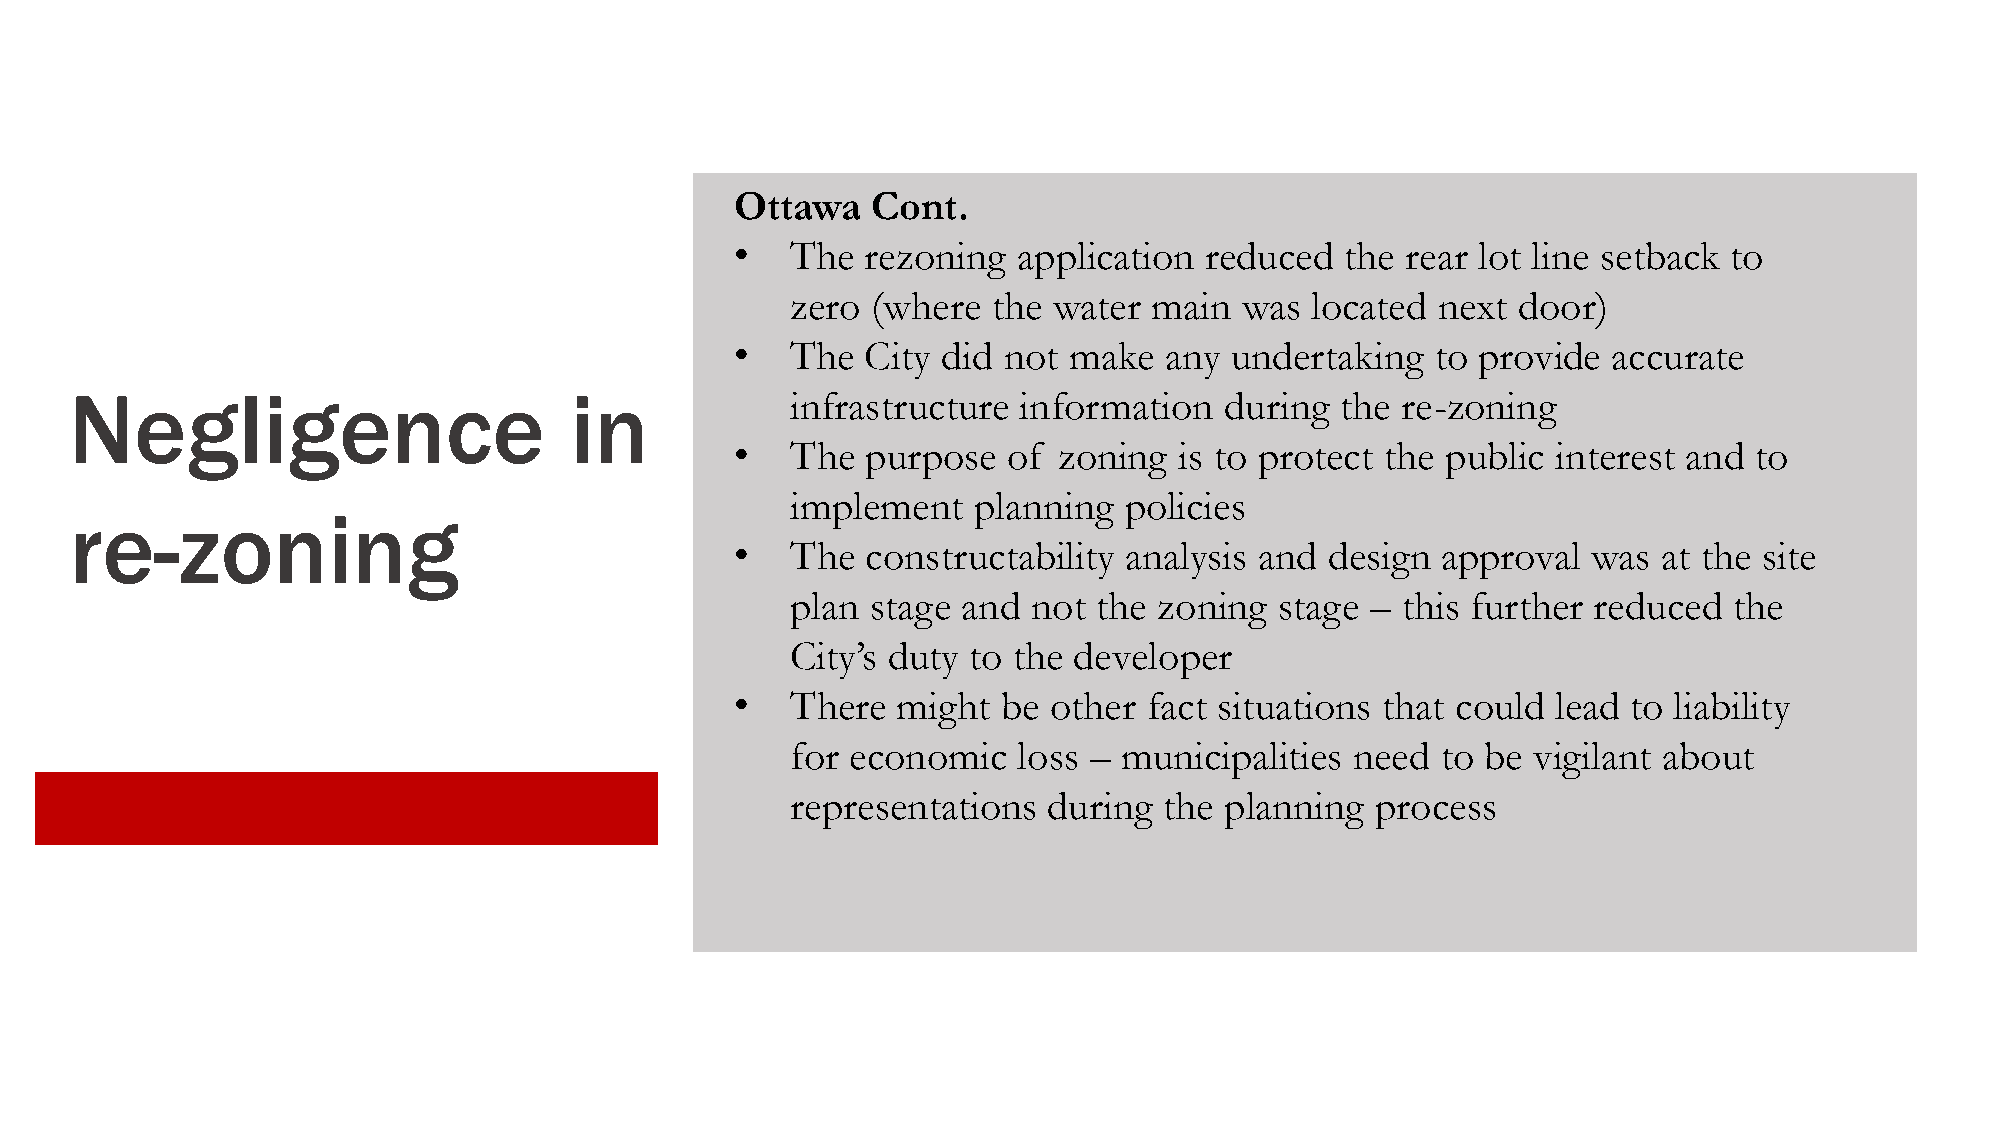
Ottawa   Cont.
 •  The  rezoning  application  reduced  the rear lot line setback to
 zero  (where  the water main  was  located next door)
 •  The  City did not  make  any undertaking   to provide  accurate
 Negligence                       in            infrastructure information   during  the re-zoning
 •  The  purpose   of zoning  is to protect the public interest and to
 implement   planning  policies
 re-zoning
 •  The  constructability analysis and  design approval  was  at the site
 plan  stage and not  the zoning  stage – this further reduced  the
 City’s duty to the developer
 •  There  might  be  other fact situations that could lead to liability
 for economic   loss – municipalities  need to be  vigilant about
 representations  during  the planning  process